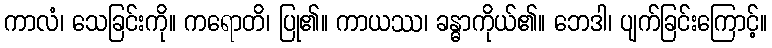
ကာလံ၊ သေခြင်းကို။ ကရောတိ၊ ပြု၏။ ကာယဿ၊ ခန္ဓာကိုယ်၏။ ဘေဒါ၊ ပျက်ခြင်းကြောင့်။